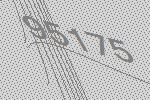
95175